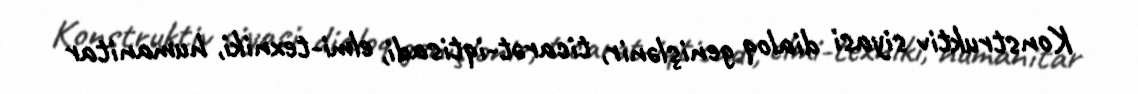
Konstruktiv siyasi dialoq genişlənir, ticarət-iqtisadi, elmi-texniki, humanitar